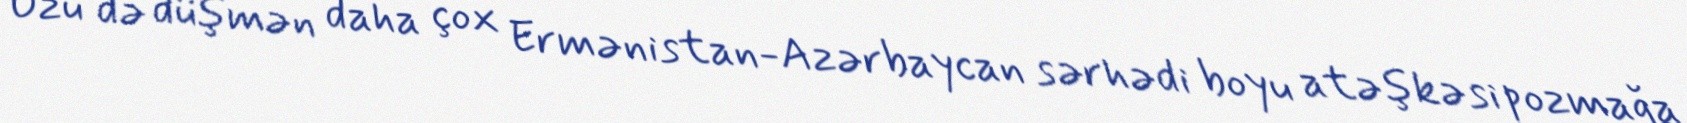
Özü də düşmən daha çox Ermənistan-Azərbaycan sərhədi boyu atəşkəsi pozmağa